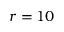
r = 1 0